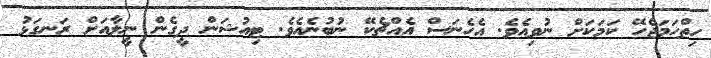
ހިތްހަމަޖެހޭ ކަމަކަށް ނުވިއެވެ. އެހެނަސް އެއްޗެކޭ ނުބުނެއެވެ. ޓިއުޝަން ދީގެން ނީލާއަށް ރަނގަޅު